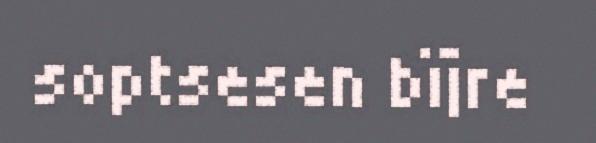
soptsesen bïjre